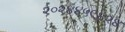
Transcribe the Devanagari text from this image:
२०२४४५९४२४